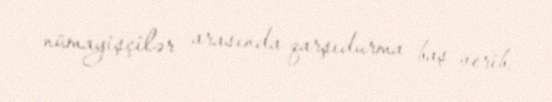
nümayişçilər arasında qarşıdurma baş verib.